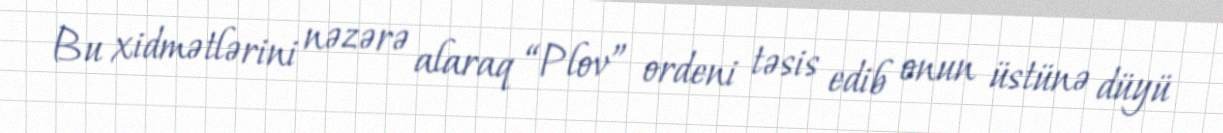
Bu xidmətlərini nəzərə alaraq “Plov” ordeni təsis edib onun üstünə düyü